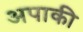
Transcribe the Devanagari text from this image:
अपाकी